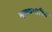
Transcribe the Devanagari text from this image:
मूल्यभारित